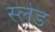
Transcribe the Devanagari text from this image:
स्‍लेड